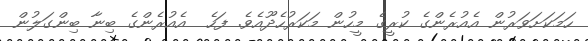
ހަމަކަށަވަރުން އެއުރެންގެ ކުރީގެ މީހުން މަކަރުހެދޫއެވެ. ފަހެ  އެއުރެންގެ ބިނާ ބިންގަލުން